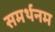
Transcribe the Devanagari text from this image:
समर्थनम